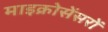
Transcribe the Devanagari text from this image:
माइक्रोसेंसरों